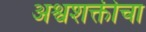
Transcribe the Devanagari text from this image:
अश्वशक्तीचा